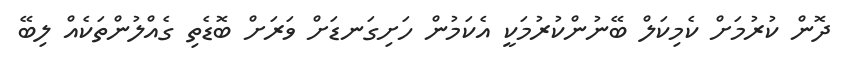
ދޮން ކުރުމަށް ކެމިކަލް ބޭނުންކުރުމަކީ އެކަމުން ހަށިގަނޑަށް ވަރަށް ބޮޑެތި ގެއްލުންތަކެއް ލިބޭ